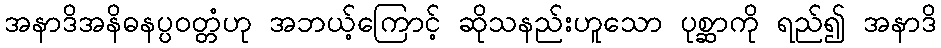
အနာဒိအနိဓနပ္ပဝတ္တံဟု အဘယ့်ကြောင့် ဆိုသနည်းဟူသော ပုစ္ဆာကို ရည်၍ အနာဒိ